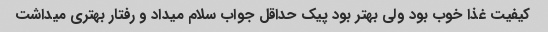
کیفیت غذا خوب بود ولی بهتر بود پیک حداقل جواب سلام میداد و رفتار بهتری میداشت